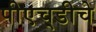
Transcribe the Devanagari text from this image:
पीएच्‌डीचे